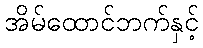
အိမ်ထောင်ဘက်နှင့်